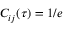
C _ { i j } ( \tau ) = 1 / e